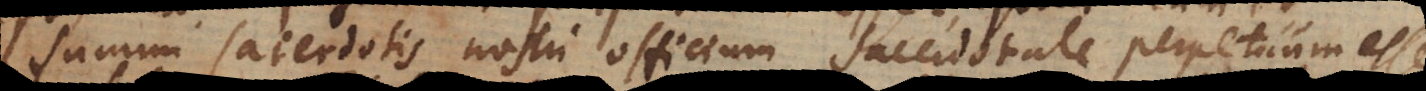
summi sacerdotis nostri officium sacerdotale perpetuum esse